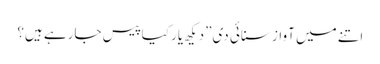
اتنے میں آواز سنائی دی”دیکھ یار کیا پیس جارہے ہیں؟